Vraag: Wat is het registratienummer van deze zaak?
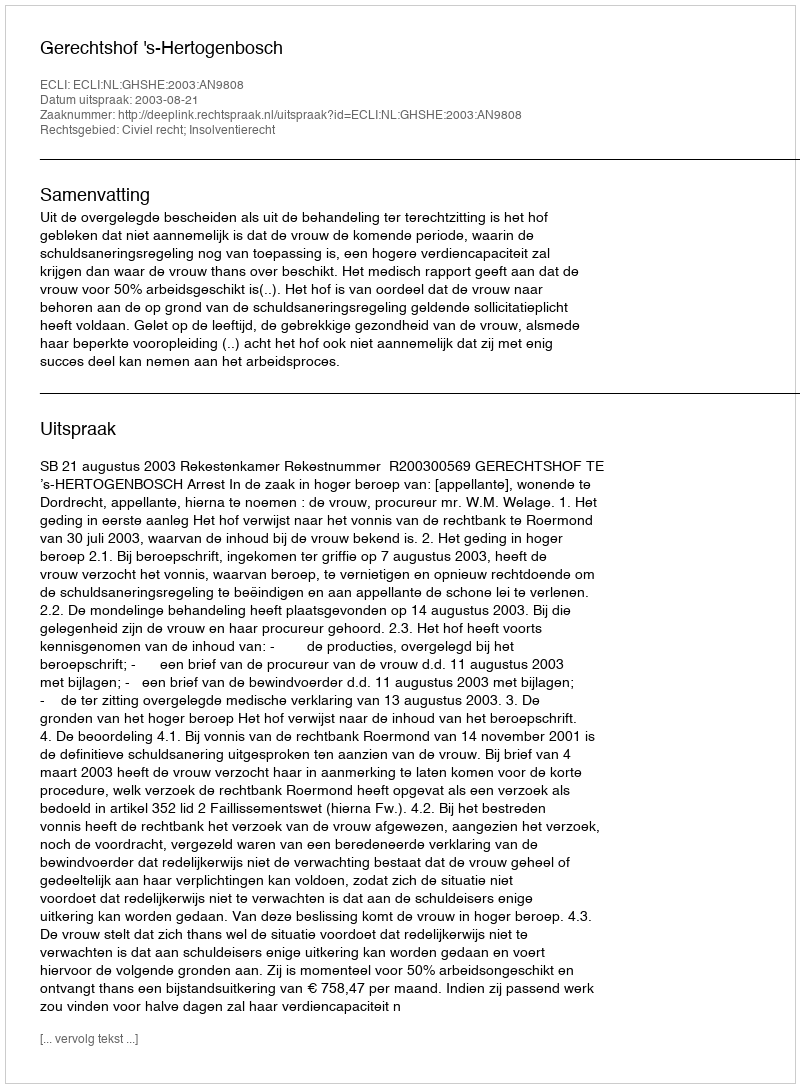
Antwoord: http://deeplink.rechtspraak.nl/uitspraak?id=ECLI:NL:GHSHE:2003:AN9808